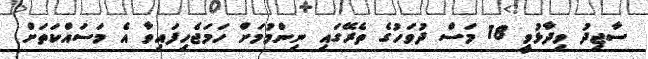
ސާޖިދު ވިދާޅުވީ 18 މަސް ދުވަހުގެ ތެރޭގައި ނިންމުމަށް ހަމަޖެހިފައިވާ އެ މަސައްކަތަށް